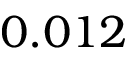
0 . 0 1 2